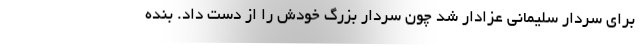
برای سردار سلیمانی عزادار شد چون سردار بزرگ خودش را از دست داد. بنده